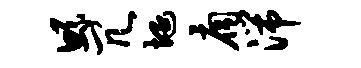
鲧冗埏扃湍